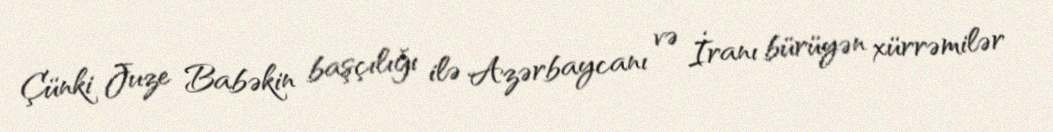
Çünki Juze Babəkin başçılığı ilə Azərbaycanı və İranı bürüyən xürrəmilər